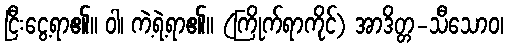
ငြီးငွေ့ရာ၏။ ဝါ၊ ကဲ့ရဲ့ရာ၏။ (ကြိုက်ရာကိုင်) အာဒိတ္တ-သီသောဝ၊